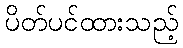
ပိတ်ပင်ထားသည့်